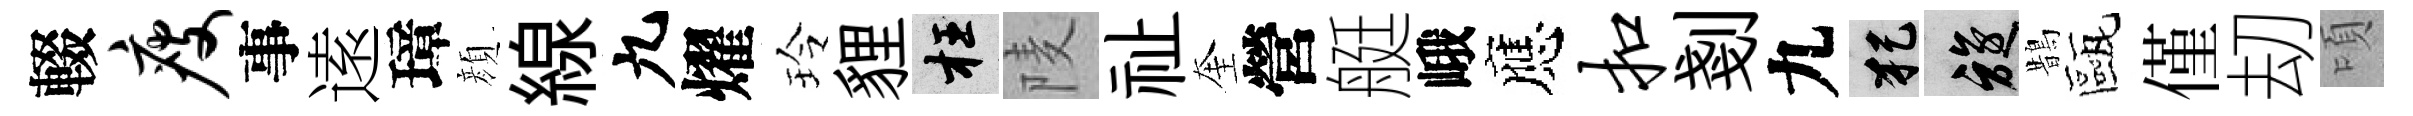
輟瘦事逺璋顔線九燿玲貍枉𨹧祉奎營艇峨應扣剗九犯旋鵲甌僅刧頃